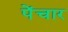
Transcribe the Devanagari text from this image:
पेंचार